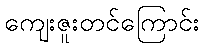
ကျေးဇူးတင်ကြောင်း